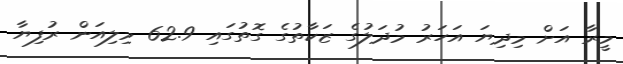
މީރާ އަށް މިދިޔަ އަހަރު މުދަލުގެ ޒަކާތުގެ ގޮތުގައި 62.9 މިލިއަން ރުފިޔާ